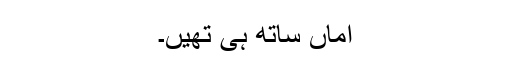
اماں ساتھ ہی تھیں۔